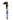
1